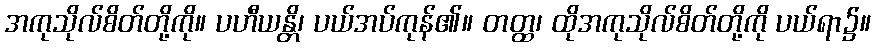
အကုသိုလ်စိတ်တို့ကို။ ပဟီယန္တိ၊ ပယ်အပ်ကုန်၏။ တတ္ထ၊ ထိုအကုသိုလ်စိတ်တို့ကို ပယ်ရာ၌။